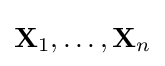
\mathbf {X} _{1},\ldots ,\mathbf {X} _{n}